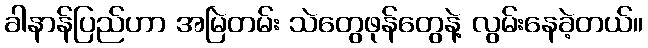
ခါနာန်ပြည်ဟာ အမြဲတမ်း သဲတွေဖုန်တွေနဲ့ လွမ်းနေခဲ့တယ်။